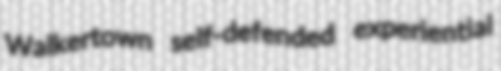
Walkertown self-defended experiential